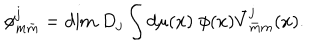
LaTeX: \phi _ { m \bar { m } } ^ { j } = \mathrm { d i m } \; D _ { j } \int d \mu ( x ) \; \phi ( x ) \bar { V } _ { \bar { m } m } ^ { j } ( x ) .